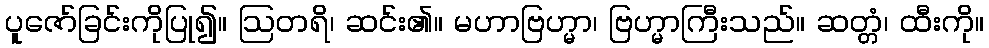
ပူဇော်ခြင်းကိုပြု၍။ ဩတရိ၊ ဆင်း၏။ မဟာဗြဟ္မာ၊ ဗြဟ္မာကြီးသည်။ ဆတ္တံ၊ ထီးကို။